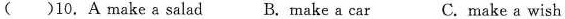
()10. A make a salad B. make a car C.make a wish